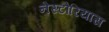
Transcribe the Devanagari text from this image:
नेस्टोरियास